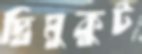
দ্বিমুকুট